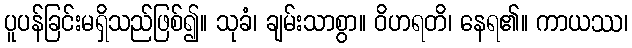
ပူပန်ခြင်းမရှိသည်ဖြစ်၍။ သုခံ၊ ချမ်းသာစွာ။ ဝိဟရတိ၊ နေရ၏။ ကာယဿ၊